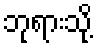
ဘုရားသို့